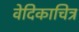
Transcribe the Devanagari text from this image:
वेदिकाचित्र